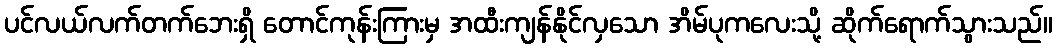
ပင်လယ်လက်တက်ဘေးရှိ တောင်ကုန်းကြားမှ အထီးကျန်နိုင်လှသော အိမ်ပုကလေးသို့ ဆိုက်ရောက်သွားသည်။